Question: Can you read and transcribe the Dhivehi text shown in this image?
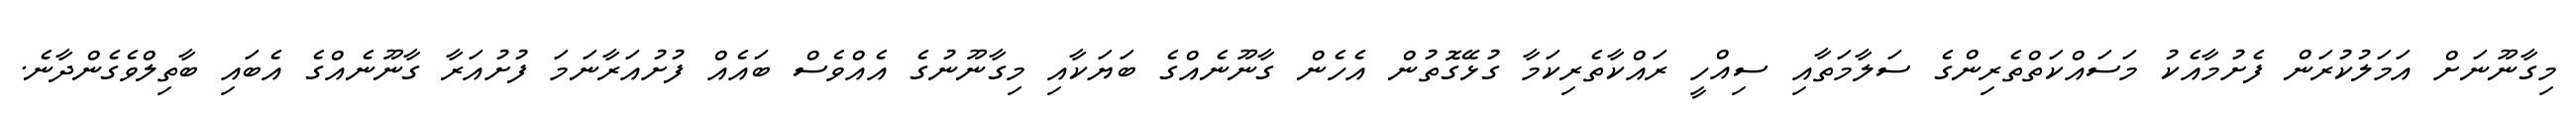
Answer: މިގާނޫނަށް އަމަލުކުރަން ފެށުމާއެކު މަސައްކަތްތެރިންގެ ސަލާމަތާއި ސިއްހީ ރައްކާތެރިކަމާ ގުޅޭގޮތުން އެހެން ގާނޫނެއްގެ ބަޔަކާއި މިގާނޫނުގެ އެއްވެސް ބައެއް ފުށުއަރާނަމަ ފުށުއަރާ ގާނޫނެއްގެ އެބައި ބާތިލްވެގެންދާނެ.